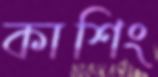
কাশিং